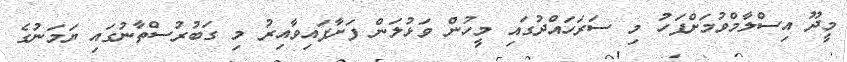
މީދޫ އިސްލާމްވުމަށްފަހު މި ސަރަހައްދުގައި މީހުން ވަޅުލަން ފަށާފައިވާއިރު މި ގަބުރުސްތާނުގައި ޔަމަނުގެ